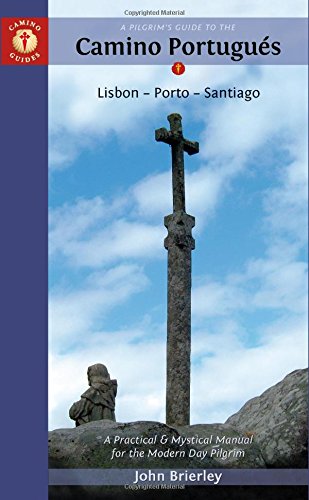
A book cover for A Pilgrim's Guide to the Camino PortuguÃ©s: Lisbon - Porto - Santiago (Camino Guides); Christian Books & Bibles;